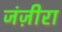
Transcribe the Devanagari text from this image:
जंज़ीरा